Vaccination United Provinces of Agra and Oudh 1914-1922 - 1914-1922
Year: 1914
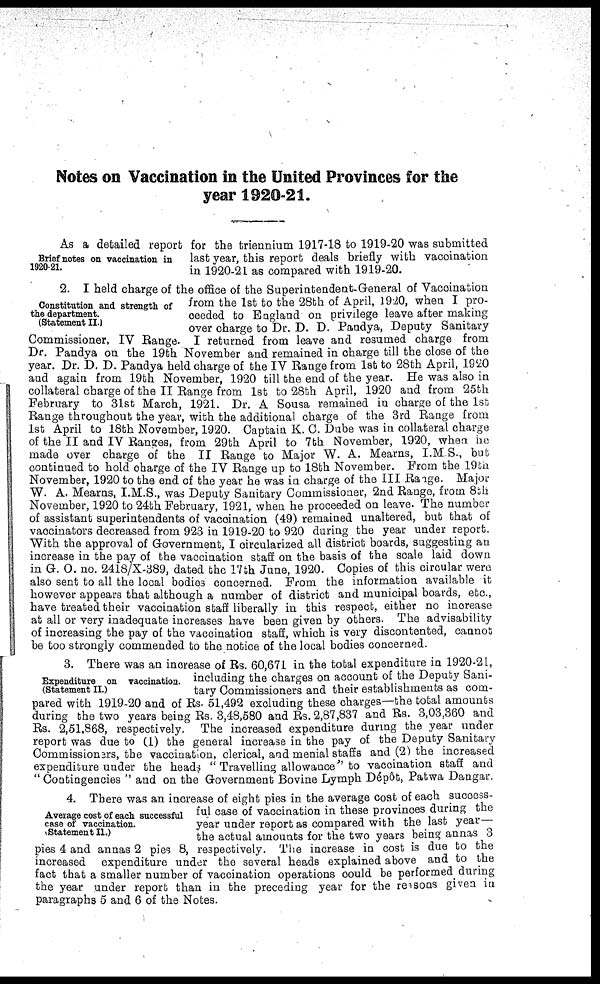
Notes on Vaccination in the United Provinces for the
year 1920-21.
Brief notes on vaccination in
1920-21.
As a detailed report for the triennium 1917-18 to 1919-20 was submitted
last year, this report deals briefly with vaccination
in 1920-21 as compared with 1919-20.
Constitution and strength of
the department.
(Statement II.)
2. I held charge of the office of the Superintendent-General of Vaccination
from the 1st to the 28th of April, 1920, when I pro-
ceeded to England on privilege leave after making
over charge to Dr. D. D. Pandya, Deputy Sanitary
Commissioner, IV Range. I returned from leave and resumed charge from
Dr. Pandya on the 19th November and remained in charge till the close of the
year. Dr. D. D. Pandya held charge of the IV Range from 1st to 28th April, 1920
and again from 19th November, 1920 till the end of the year. He was also in
collateral charge of the II Range from 1st to 28th April, 1920 and from 25th
February to 31st March, 1921. Dr. A Sousa remained in charge of the 1st
Range throughout the year, with the additional charge of the 3rd Range from
1st April to 18th November, 1920. Captain K. C. Dube was in collateral charge
of the II and IV Ranges, from 29th April to 7th November, 1920, when he
made over charge of the II Range to Major W. A. Mearns, I.M S., but
continued to hold charge of the IV Range up to 18th November. From the 19th
November, 1920 to the end of the year he was in charge of the III Range. Major
W. A. Mearns, I.M.S., was Deputy Sanitary Commissioner, 2nd Range, from 8th
November, 1920 to 24th February, 1921, when he proceeded on leave. The number
of assistant superintendents of vaccination (49) remained unaltered, but that of
vaccinators decreased from 923 in 1919-20 to 920 during the year under report.
With the approval of Government, I circularized all district boards, suggesting an
increase in the pay of the vaccination staff on the basis of the scale laid down
in G. O. no. 2418/X-389, dated the 17th June, 1920. Copies of this circular were
also sent to all the local bodies concerned. From the information available it
however appears that although a number of district and municipal boards, etc.,
have treated their vaccination staff liberally in this respect, either no increase
at all or very inadequate increases have been given by others. The advisability
of increasing the pay of the vaccination staff, which is very discontented, cannot
be too strongly commended to the notice of the local bodies concerned.
Expenditure on vaccination
(Statement II.)
3. There was an increase of Rs. 60,671 in the total expenditure in 1920-21,
including the charges on account of the Deputy Sani-
tary Commissioners and their establishments as com-
pared with 1919-20 and of Rs. 51,492 excluding these charges—the total amounts
during the two years being Rs. 3,48,580 and Rs. 2,87,837 and Rs. 3,03,360 and
Rs. 2,51,868, respectively. The increased expenditure during the year under
report was due to (1) the general increase in the pay of the Deputy Sanitary
Commissioners, the vaccination, clerical, and menial staffs and (2) the increased
expenditure under the heads " Travelling allowance" to vaccination staff and
" Contingencies " and on the Government Bovine Lymph Dépôt, Patwa Dangar.
Average cost of each successful
case of vaccination.
(Statement II.)
4. There was an increase of eight pies in the average cost of each success-
ful case of vaccination in these provinces during the
year under report as compared with the last year
the actual amounts for the two years being annas 3
pies 4 and annas 2 pies 8, respectively. The increase in cost is due to the
increased expenditure under the several heads explained above and to the
fact that a smaller number of vaccination operations could be performed during
the year under report than in the preceding year for the reasons given in
paragraphs 5 and 6 of the Notes.